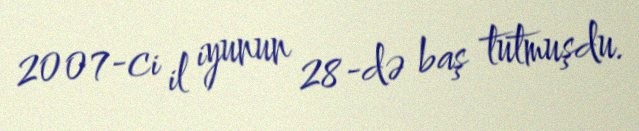
2007-ci il iyunun 28-də baş tutmuşdu.